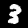
Digit: 3